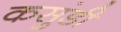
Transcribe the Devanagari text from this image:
कसुंडी